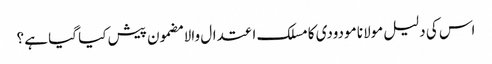
اس کی دلیل مولانا مودودی کا مسلک اعتدال والا مضمون پیش کیا گیا ہے ؟